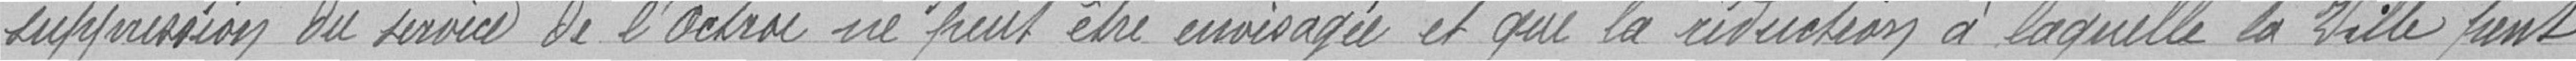
suppression du service de l'Octroi ne peut être envisagé et que la réduction à laquelle la Ville peut